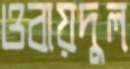
ওবায়দুল